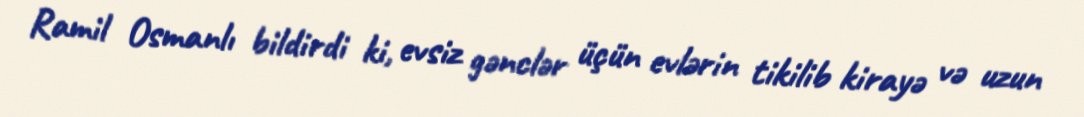
Ramil Osmanlı bildirdi ki, evsiz gənclər üçün evlərin tikilib kirayə və uzun